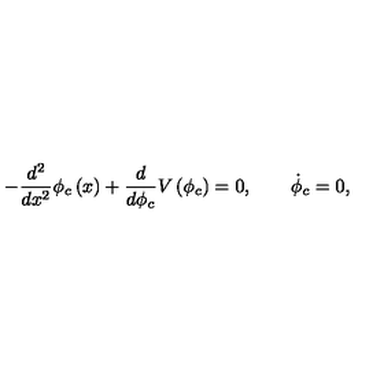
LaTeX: - \frac { d ^ { 2 } } { d x ^ { 2 } } \phi _ { c } \left( x \right) + \frac { d } { d \phi _ { c } } V \left( \phi _ { c } \right) = 0 , \qquad \dot { \phi } _ { c } = 0 ,